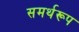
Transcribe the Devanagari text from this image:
समर्थरूप